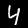
Label: 4